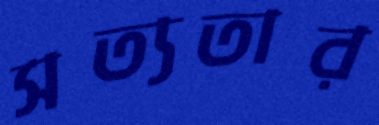
সত্যতার